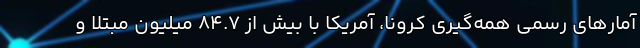
آمارهای رسمیِ همه‌گیری کرونا، آمریکا با بیش از ۸۴.۷ میلیون مبتلا و